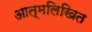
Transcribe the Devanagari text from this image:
आत्मलिखित